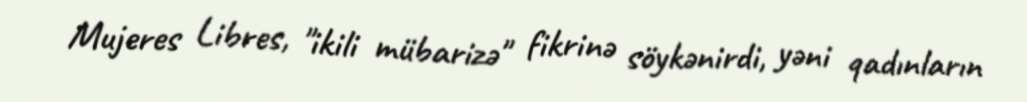
Mujeres Libres, "ikili mübarizə" fikrinə söykənirdi, yəni qadınların